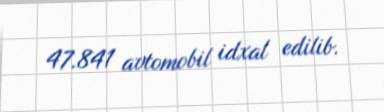
47.841 avtomobil idxal edilib.